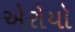
એરોયો